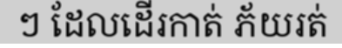
ៗ ដែលដើរកាត់ ភ័យរត់